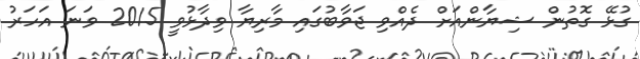
ގުޅޭ ގޮތުން ޝިޔާންއަށް ދެއްވި ޖަވާބުގައި މާރިޔާ ވިދާޅުވީ 2015 ވަނަ އަހަރު